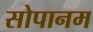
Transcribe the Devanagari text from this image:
सोपानम